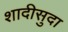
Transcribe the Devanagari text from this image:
शादीसुदा